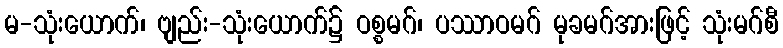
မ-သုံးယောက်၊ ဗျည်း-သုံးယောက်၌ ဝစ္စမဂ်၊ ပဿာဝမဂ် မုခမဂ်အားဖြင့် သုံးမဂ်စီ